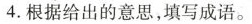
4.根据给出的意思，填写成语。